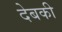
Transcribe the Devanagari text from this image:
देबकी